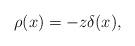
LaTeX: \begin{align*}\rho(x)=-z\delta(x),\end{align*}